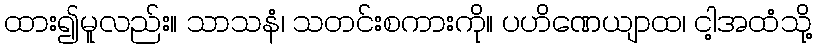
ထား၍မူလည်း။ သာသနံ၊ သတင်းစကားကို။ ပဟိဏေယျာထ၊ ငါ့အထံသို့